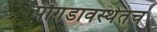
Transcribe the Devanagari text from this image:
पौगंडावस्थेतच